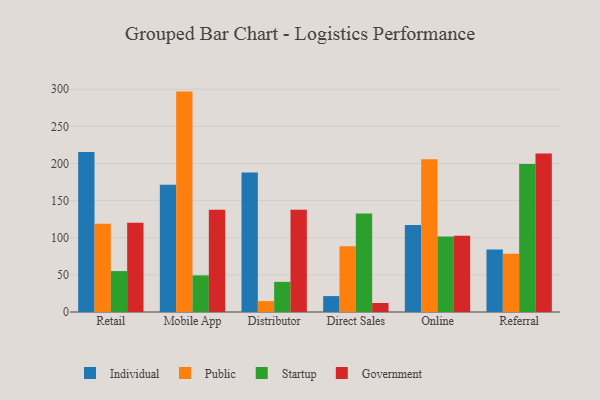
{"axis": {"x": "Channel", "y": "Inventory Turnover"}, "legend": ["Government", "Individual", "Public", "Startup"], "data": [{"x": "Retail", "y": 215.4, "type": "Individual"}, {"x": "Retail", "y": 118.8, "type": "Public"}, {"x": "Retail", "y": 55.1, "type": "Startup"}, {"x": "Retail", "y": 120.1, "type": "Government"}, {"x": "Mobile App", "y": 171.2, "type": "Individual"}, {"x": "Mobile App", "y": 296.8, "type": "Public"}, {"x": "Mobile App", "y": 49.3, "type": "Startup"}, {"x": "Mobile App", "y": 137.6, "type": "Government"}, {"x": "Distributor", "y": 187.8, "type": "Individual"}, {"x": "Distributor", "y": 14.7, "type": "Public"}, {"x": "Distributor", "y": 40.6, "type": "Startup"}, {"x": "Distributor", "y": 137.7, "type": "Government"}, {"x": "Direct Sales", "y": 21.4, "type": "Individual"}, {"x": "Direct Sales", "y": 88.4, "type": "Public"}, {"x": "Direct Sales", "y": 132.5, "type": "Startup"}, {"x": "Direct Sales", "y": 12.1, "type": "Government"}, {"x": "Online", "y": 117.0, "type": "Individual"}, {"x": "Online", "y": 205.6, "type": "Public"}, {"x": "Online", "y": 101.6, "type": "Startup"}, {"x": "Online", "y": 102.7, "type": "Government"}, {"x": "Referral", "y": 84.0, "type": "Individual"}, {"x": "Referral", "y": 78.5, "type": "Public"}, {"x": "Referral", "y": 199.2, "type": "Startup"}, {"x": "Referral", "y": 213.3, "type": "Government"}]}